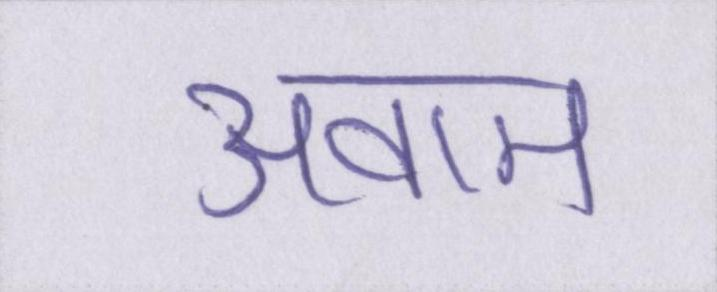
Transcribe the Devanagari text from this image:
अवाम